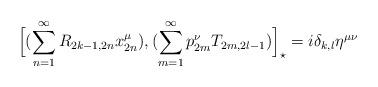
LaTeX: \begin{align*}\Big[(\sum^{\infty}_{n=1}R_{2k-1,2n}x_{2n}^{\mu}),(\sum^{\infty}_{m=1}p^{\nu}_{2m}T_{2m,2l-1})\Big]_{\star}=i\delta_{k,l}\eta^{\mu\nu}\end{align*}